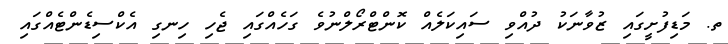
ތ. މަޑިފުށީގައި ޒުވާނަކު ދުއްވި ސައިކަލެއް ކޮންޓްރޯލްނުވެ ގަހެއްގައި ޖެހި ހިނގި އެކްސިޑެންޓެއްގައި